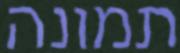
תמונה